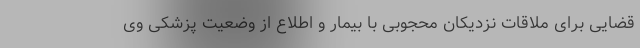
قضایی برای ملاقات نزدیکان محجوبی با بیمار و اطلاع از وضعیت پزشکی وی